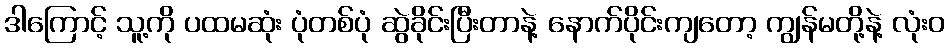
ဒါကြောင့် သူ့ကို ပထမဆုံး ပုံတစ်ပုံ ဆွဲခိုင်းပြီးတာနဲ့ နောက်ပိုင်းကျတော့ ကျွန်မတို့နဲ့ လုံးဝ